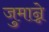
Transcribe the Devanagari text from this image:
जुमान्ने